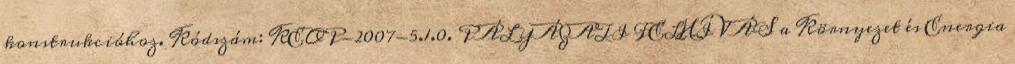
konstrukcióhoz. Kódszám: KEOP-2007-5.1.0. PÁLYÁZATI FELHÍVÁS a Környezet és Energia